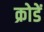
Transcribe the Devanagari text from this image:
क्रोडें